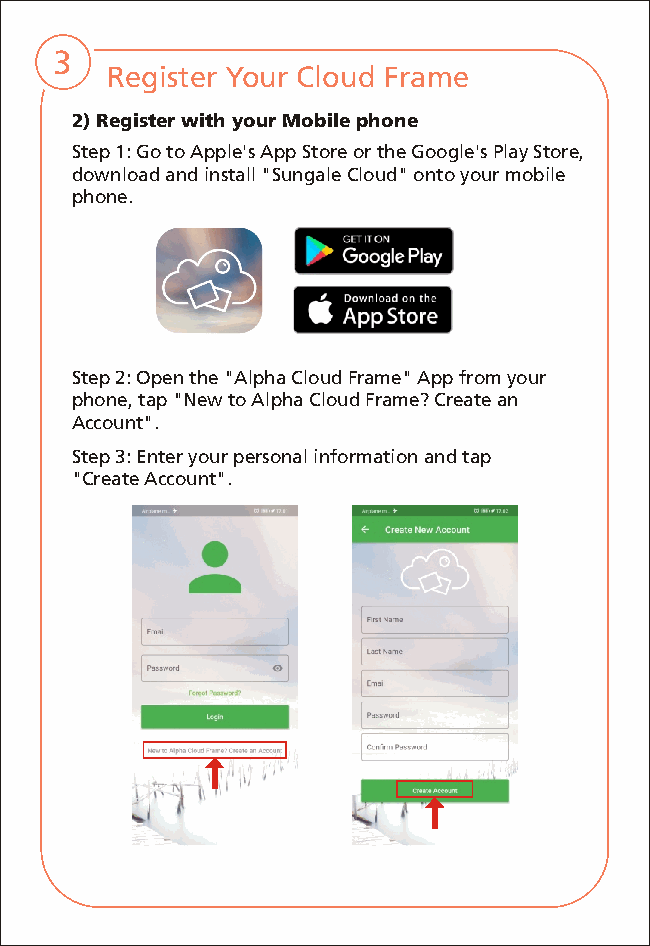
3
 Register Your Cloud Frame
 2) Register with your Mobile phone
 Step 1: Go to Apple's App Store or the Google's Play Store,
 download and install "Sungale Cloud" onto your mobile
 phone.
 Step 2: Open the "Alpha Cloud Frame" App from your
 phone, tap "New to Alpha Cloud Frame? Create an
 Account".
 Step 3: Enter your personal information and tap
 "Create Account".